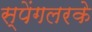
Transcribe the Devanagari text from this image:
स्पेंगलरके